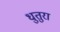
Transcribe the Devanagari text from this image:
धुतुरा